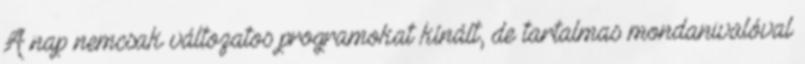
A nap nemcsak változatos programokat kínált, de tartalmas mondanivalóval